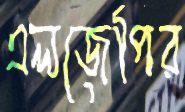
এলজেপির